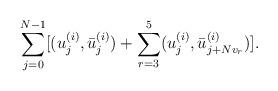
LaTeX: \begin{align*}\sum_{j=0}^{N-1}[(u_j^{(i)}, {\bar u}_j^{(i)})+\sum_{r=3}^5( u^{(i)}_{j}, {\bar{u}^{(i)}_{j + Nv_r}})].\end{align*}